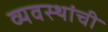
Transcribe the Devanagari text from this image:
व्यवस्थांची